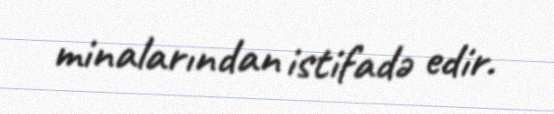
minalarından istifadə edir.